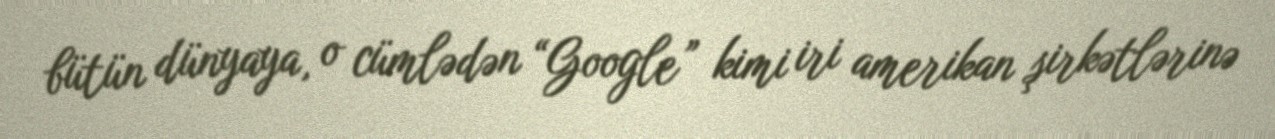
bütün dünyaya, o cümlədən “Google” kimi iri amerikan şirkətlərinə